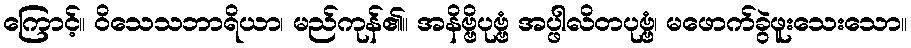
ကြောင့်။ ဝိသေသဘာရိယာ၊ မည်ကုန်၏။ အနိဗ္ဗိပုဗ္ဗံ အပ္ဖါလိတပုဗ္ဗံ၊ မဖောက်ခွဲဖူးသေးသော။